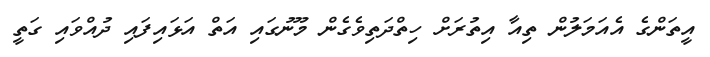
އީތަންގެ އެއަމަލުން ތިއާ އިތުރަށް ހިތްދަތިވެގެން މޫނުގައި އަތް އަޅައިފައި ދުއްވައި ގަތީ